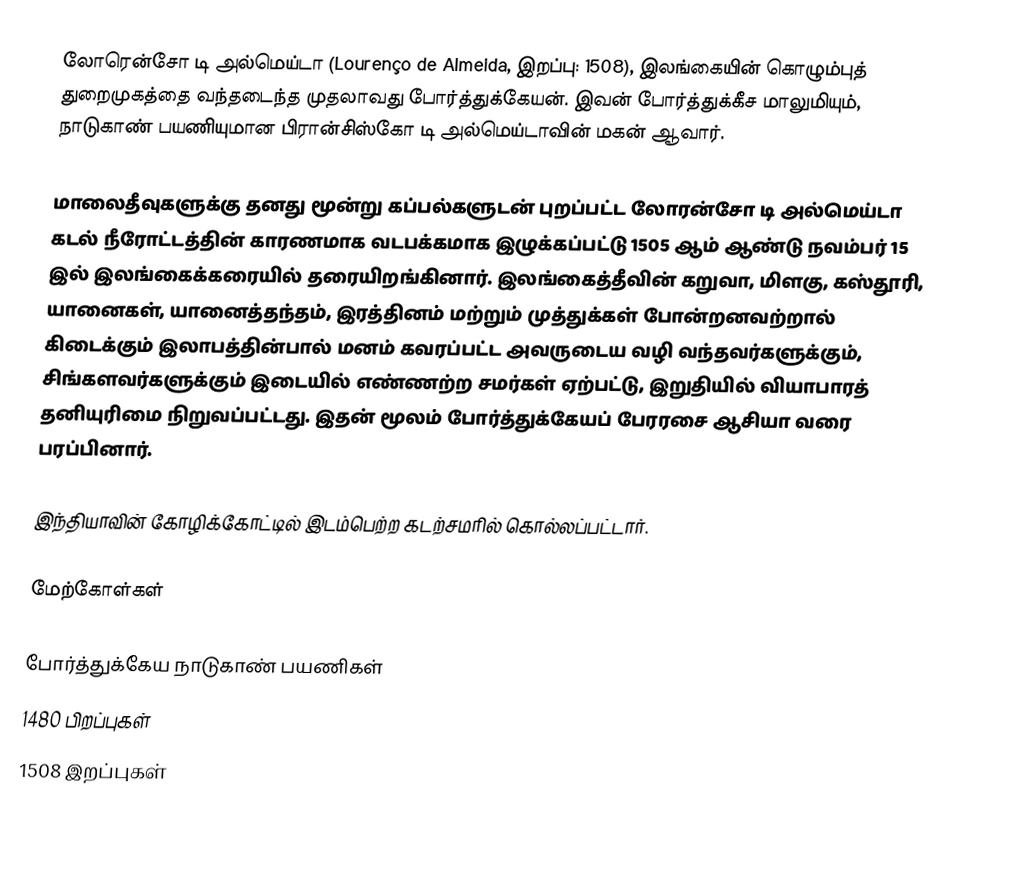
லோரென்சோ டி அல்மெய்டா (Lourenço de Almeida, இறப்பு: 1508), இலங்கையின் கொழும்புத் துறைமுகத்தை வந்தடைந்த முதலாவது போர்த்துக்கேயன். இவன் போர்த்துக்கீச மாலுமியும், நாடுகாண் பயணியுமான பிரான்சிஸ்கோ டி அல்மெய்டாவின் மகன் ஆவார்.

மாலைதீவுகளுக்கு தனது மூன்று கப்பல்களுடன் புறப்பட்ட லோரன்சோ டி அல்மெய்டா கடல் நீரோட்டத்தின் காரணமாக வடபக்கமாக இழுக்கப்பட்டு 1505 ஆம் ஆண்டு நவம்பர் 15 இல் இலங்கைக்கரையில் தரையிறங்கினார். இலங்கைத்தீவின் கறுவா, மிளகு, கஸ்தூரி, யானைகள், யானைத்தந்தம், இரத்தினம் மற்றும் முத்துக்கள் போன்றனவற்றால் கிடைக்கும் இலாபத்தின்பால் மனம் கவரப்பட்ட அவருடைய வழி வந்தவர்களுக்கும், சிங்களவர்களுக்கும் இடையில் எண்ணற்ற சமர்கள் ஏற்பட்டு, இறுதியில் வியாபாரத் தனியுரிமை நிறுவப்பட்டது. இதன் மூலம் போர்த்துக்கேயப் பேரரசை ஆசியா வரை பரப்பினார்.

இந்தியாவின் கோழிக்கோட்டில் இடம்பெற்ற கடற்சமரில் கொல்லப்பட்டார்.

மேற்கோள்கள்

போர்த்துக்கேய நாடுகாண் பயணிகள்
1480 பிறப்புகள்
1508 இறப்புகள்